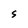
Character: S